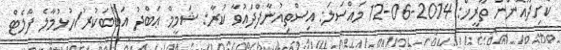
ކާށިދޫއޮންނަ ތާރީޚް: 2014-06-12 މައްސަލަ: އިސްތިއުނާފްދައުވާ ކުރާ: ޝަމީމް ޢަބްދު އަބޫބަކުރު/ހުޅުމާލެ ފްލެޓް